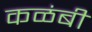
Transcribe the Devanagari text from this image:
कळंबी